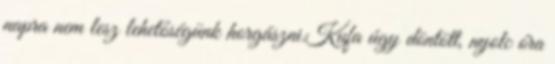
napra nem lesz lehetőségünk horgászni.Kufa úgy döntött, nyolc óra